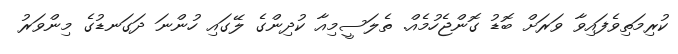
ކުރިމަތިވެފައިވާ ވަރަށް ބޮޑު ގޮންޖެހުމެއް. ތެލަސީމިއާ ކުދިންގެ ލޭގައި ހުންނަ ދަގަނޑުގެ މިންވަރު